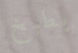
يطبخ